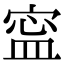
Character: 寍